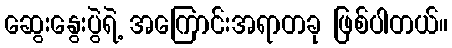
ဆွေးနွေးပွဲရဲ့ အကြောင်းအရာတခု ဖြစ်ပါတယ်။